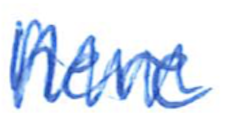
Text: here
Cross-out: zig-zag
Writing tool: ballpoint